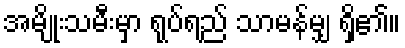
အမျိုးသမီးမှာ ရုပ်ရည် သာမန်မျှ ရှိ၏။